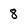
Character: 8